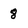
Character: 8